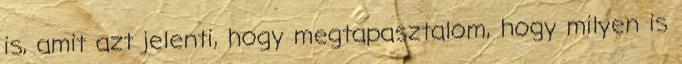
is, amit azt jelenti, hogy megtapasztalom, hogy milyen is